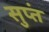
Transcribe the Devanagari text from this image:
सुप्तं